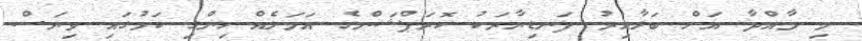
މި މާއްދާ އަށް ބަލާއިރު ފަނޑިޔާރަކު ކޮރަޕްޝަންގެ އަމަލެއް ހިންގި ކަމުގައި ވިޔަސް